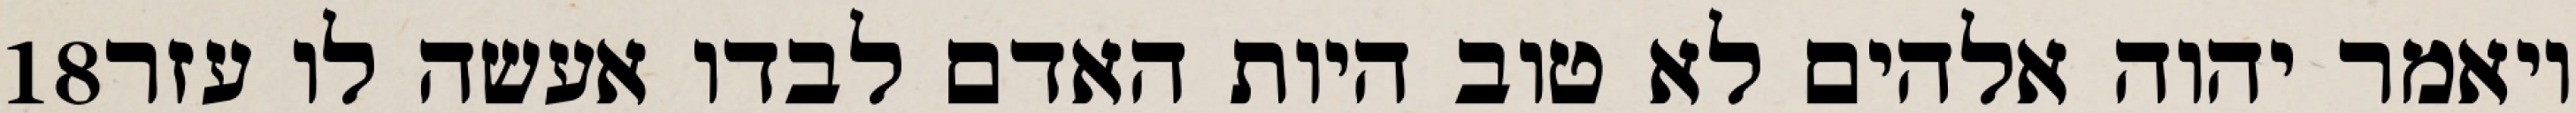
‎18‏ ויאמר יהוה אלהים לא טוב היות האדם לבדו אעשה לו עזר